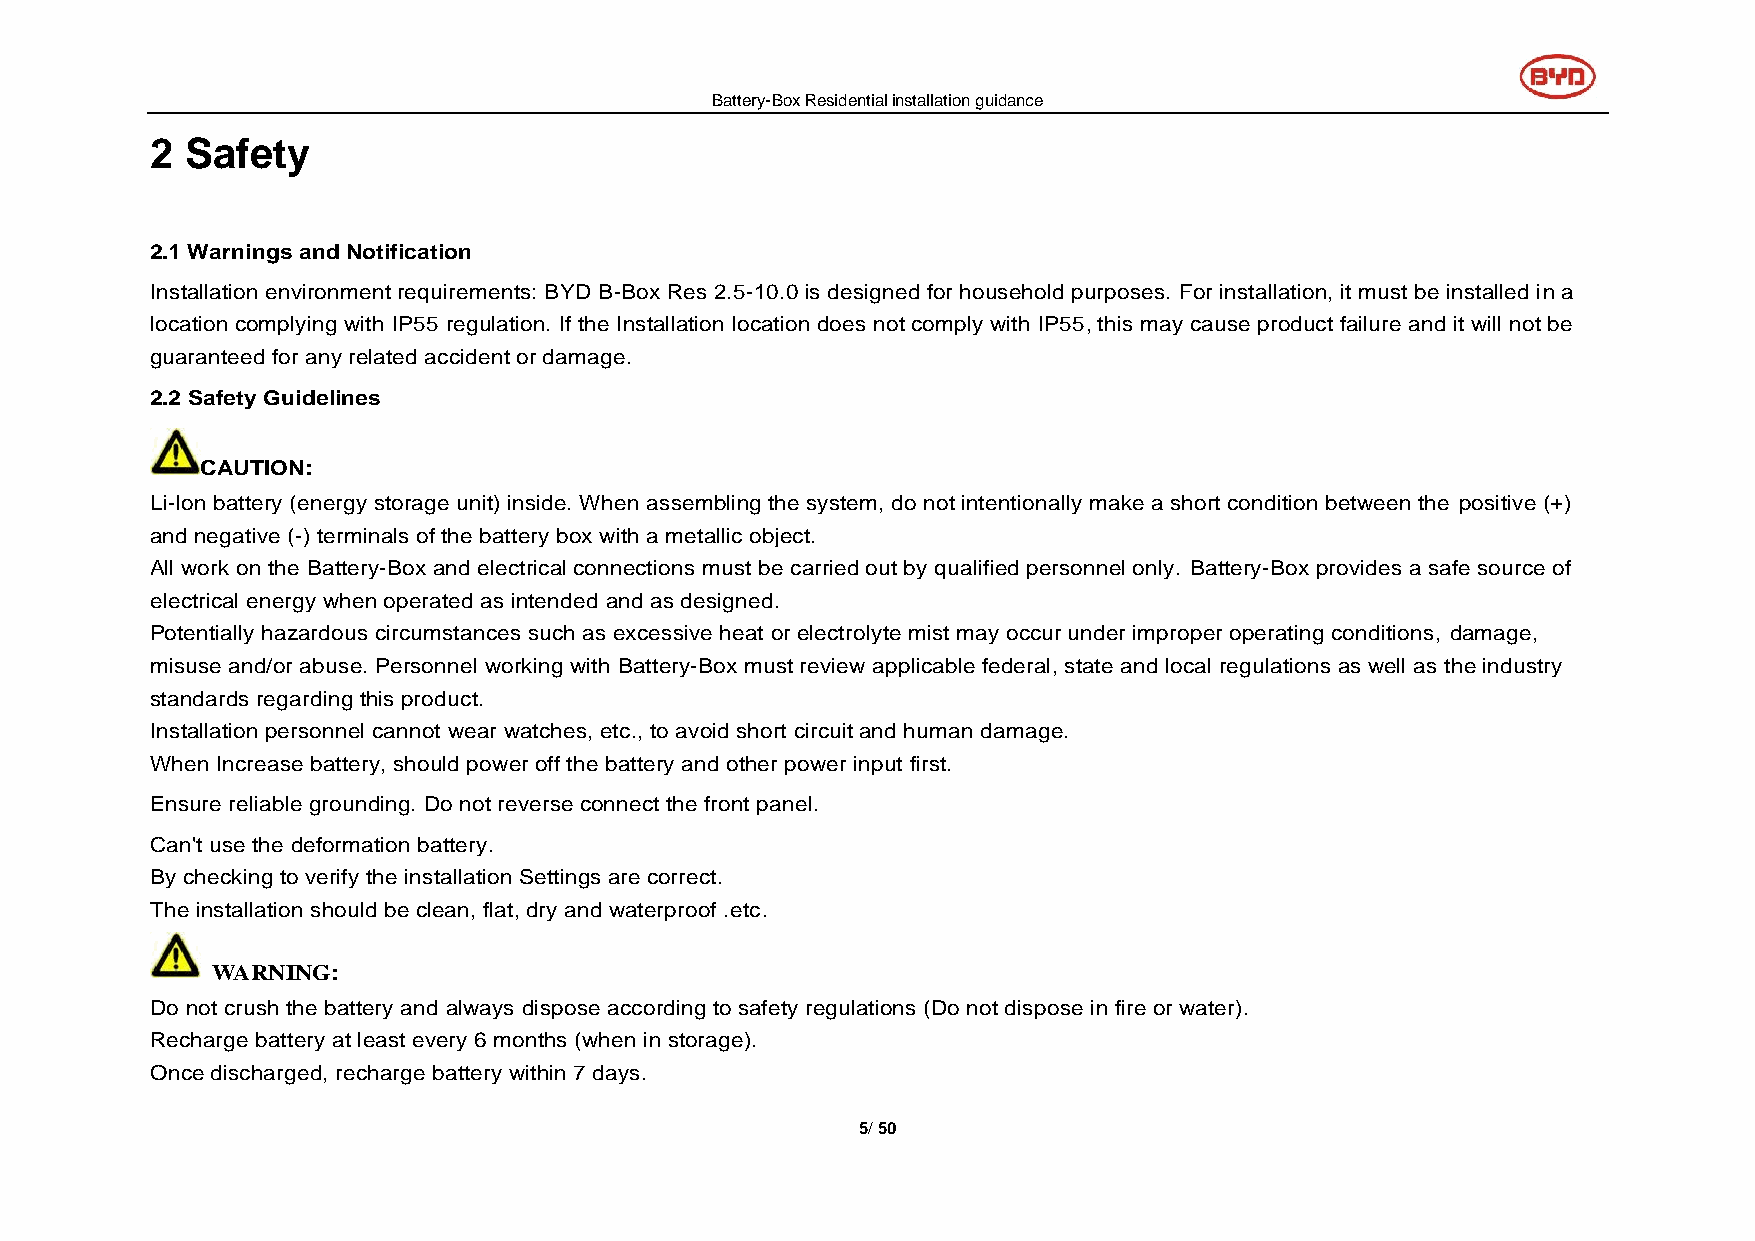
Battery-Box Residential installation guidance
 2 Safety
 2.1 Warnings and Notification
 Installation environment requirements: BYD B-Box Res 2.5-10.0 is designed for household purposes. For installation, it must be installed in a
 location complying with IP55 regulation. If the Installation location does not comply with IP55, this may cause product failure and it will not be
 guaranteed for any related accident or damage.
 2.2 Safety Guidelines
 CAUTION:
 Li-Ion battery (energy storage unit) inside. When assembling the system, do not intentionally make a short condition between the positive (+)
 and negative (-) terminals of the battery box with a metallic object.
 All work on the Battery-Box and electrical connections must be carried out by qualified personnel only. Battery-Box provides a safe source of
 electrical energy when operated as intended and as designed.
 Potentially hazardous circumstances such as excessive heat or electrolyte mist may occur under improper operating conditions, damage,
 misuse and/or abuse. Personnel working with Battery-Box must review applicable federal, state and local regulations as well as the industry
 standards regarding this product.
 Installation personnel cannot wear watches, etc., to avoid short circuit and human damage.
 When Increase battery, should power off the battery and other power input first.
 Ensure reliable grounding. Do not reverse connect the front panel.
 Can't use the deformation battery.
 By checking to verify the installation Settings are correct.
 The installation should be clean, flat, dry and waterproof .etc.
 WARNING:
 Do not crush the battery and always dispose according to safety regulations (Do not dispose in fire or water).
 Recharge battery at least every 6 months (when in storage).
 Once discharged, recharge battery within 7 days.
 5/ 50